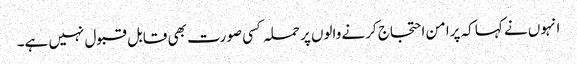
انہوں نے کہا کہ پرامن احتجاج کرنے والوں پر حملہ کسی صورت بھی قابل قبول نہیں ہے۔